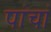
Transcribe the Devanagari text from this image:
पांचां